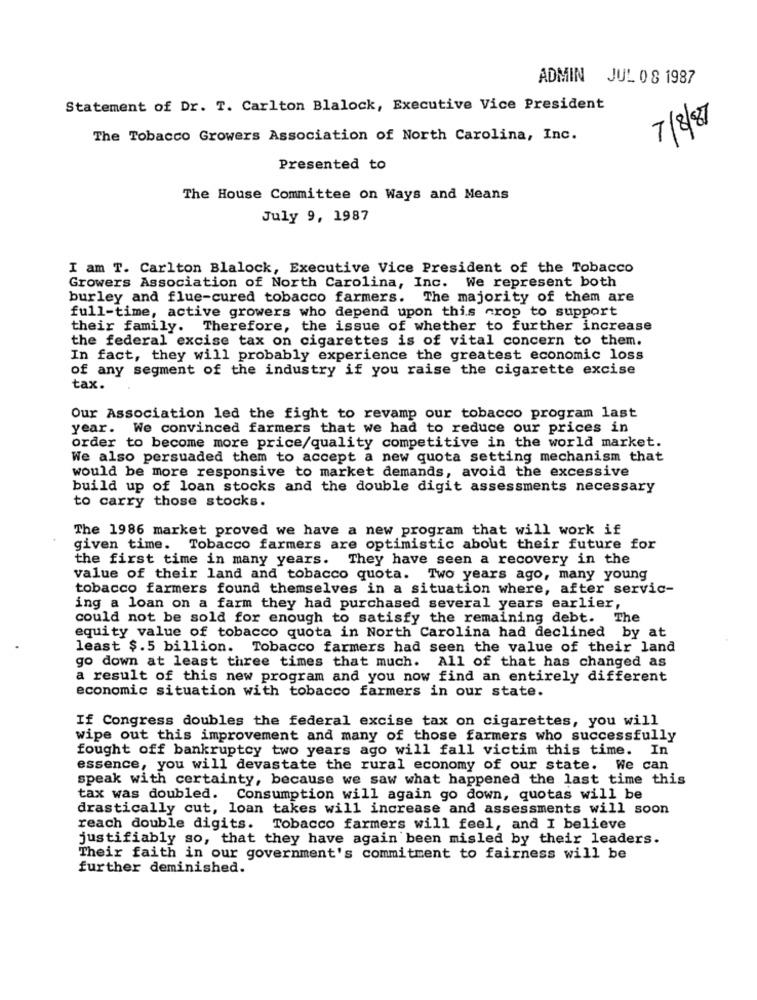
ADMIN JUL 0 8 1987
Statement of Dr. T. Carlton Blalock, Executive Vice President
7/8/87
The Tobacco Growers Association of North Carolina, Inc.
Presented to
The House Committee on Ways and Means
July 9, 1987
I am T. Carlton Blalock, Executive Vice President of the Tobacco
Growers Association of North Carolina, Inc. We represent both
burley and flue-cured tobacco farmers. The majority of them are
full-time, active growers who depend upon this crop to support
their family. Therefore, the issue of whether to further increase
the federal excise tax on cigarettes is of vital concern to them.
In fact, they will probably experience the greatest economic loss
of any segment of the industry if you raise the cigarette excise
tax.
Our Association led the fight to revamp our tobacco program last
year. We convinced farmers that we had to reduce our prices in
order to become more price/quality competitive in the world market.
We also persuaded them to accept a new quota setting mechanism that
would be more responsive to market demands, avoid the excessive
build up of loan stocks and the double digit assessments necessary
to carry those stocks.
The 1986 market proved we have a new program that will work if
given time. Tobacco farmers are optimistic about their future for
the first time in many years. They have seen a recovery in the
value of their land and tobacco quota. Two years ago, many young
tobacco farmers found themselves in a situation where, after servic-
ing a loan on a farm they had purchased several years earlier,
could not be sold for enough to satisfy the remaining debt. The
equity value of tobacco quota in North Carolina had declined by at
least $.5 billion. Tobacco farmers had seen the value of their land
go down at least three times that much. All of that has changed as
a result of this new program and you now find an entirely different
economic situation with tobacco farmers in our state.
If Congress doubles the federal excise tax on cigarettes, you will
wipe out this improvement and many of those farmers who successfully
fought off bankruptcy two years ago will fall victim this time. In
essence, you will devastate the rural economy of our state. We can
speak with certainty, because we saw what happened the last time this
tax was doubled. Consumption will again go down, quotas will be
drastically cut, loan takes will increase and assessments will soon
reach double digits. Tobacco farmers will feel, and I believe
justifiably so, that they have again been misled by their leaders.
Their faith in our government's commitment to fairness will be
further deminished.